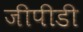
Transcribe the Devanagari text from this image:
जीपीडी